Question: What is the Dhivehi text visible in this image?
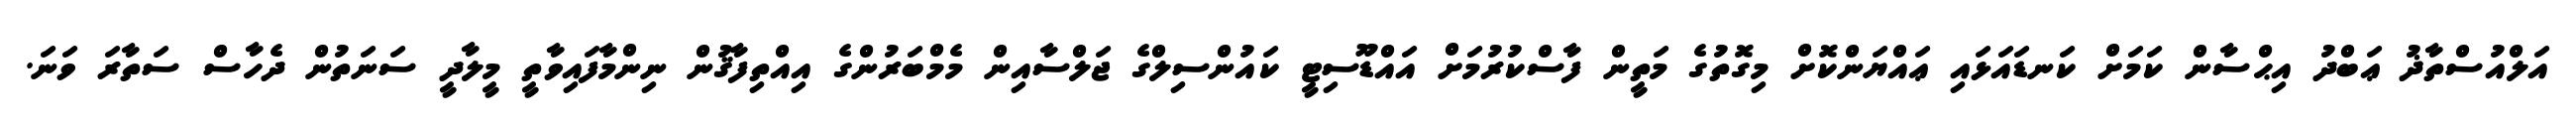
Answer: އަލްއުސްތާޛު ޢަބްދު އިޙްސާން ކަމަށް ކަނޑައަޅައި ޢައްޔަންކޮށް މިގޮތުގެ މަތީން ފާސްކުރުމަށް އައްޑޫސިޓީ ކައުންސިލްގެ ޖަލްސާއިން މެމްބަރުންގެ އިއްތިފާޤުން ނިންމާފައިވާތީ މީލާދީ ސަނަތުން ދެހާސް ސަތާރަ ވަނަ.